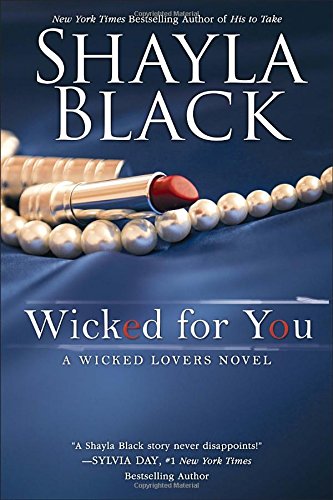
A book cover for Wicked for You (A Wicked Lovers Novel); Shayla Black; Romance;